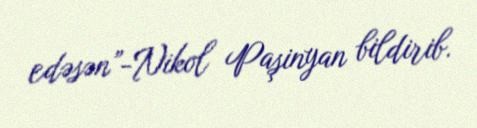
edəsən”-Nikol Paşinyan bildirib.